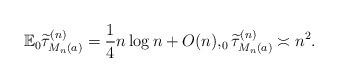
LaTeX: \begin{align*} \mathbb{E}_0\widetilde{\tau}^{(n)}_{M_n(a)}=\frac{1}{4}n\log n+O(n), _0\widetilde{\tau}^{(n)}_{M_n(a)}\asymp n^2.\end{align*}